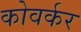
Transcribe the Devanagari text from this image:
कोवर्कर